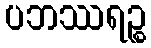
ပဘဿရဉ္စ